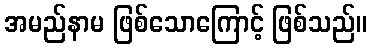
အမည်နာမ ဖြစ်သောကြောင့် ဖြစ်သည်။